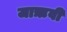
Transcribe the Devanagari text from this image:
जाऋवी